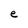
Character: e